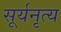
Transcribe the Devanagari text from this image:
सूर्यनृत्य